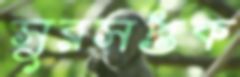
সুরসপ্তক